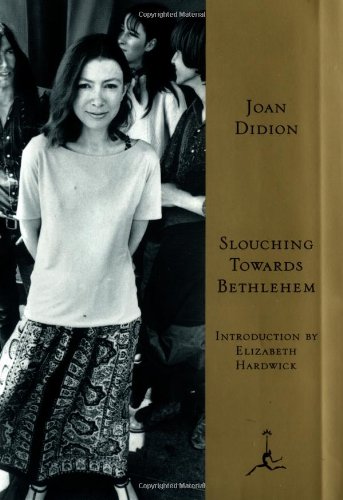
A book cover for Slouching Towards Bethlehem (Modern Library); Joan Didion; Literature & Fiction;